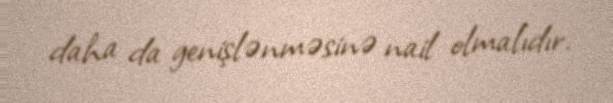
daha da genişlənməsinə nail olmalıdır.